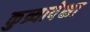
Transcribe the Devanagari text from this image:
कुत्र्यापेक्षा